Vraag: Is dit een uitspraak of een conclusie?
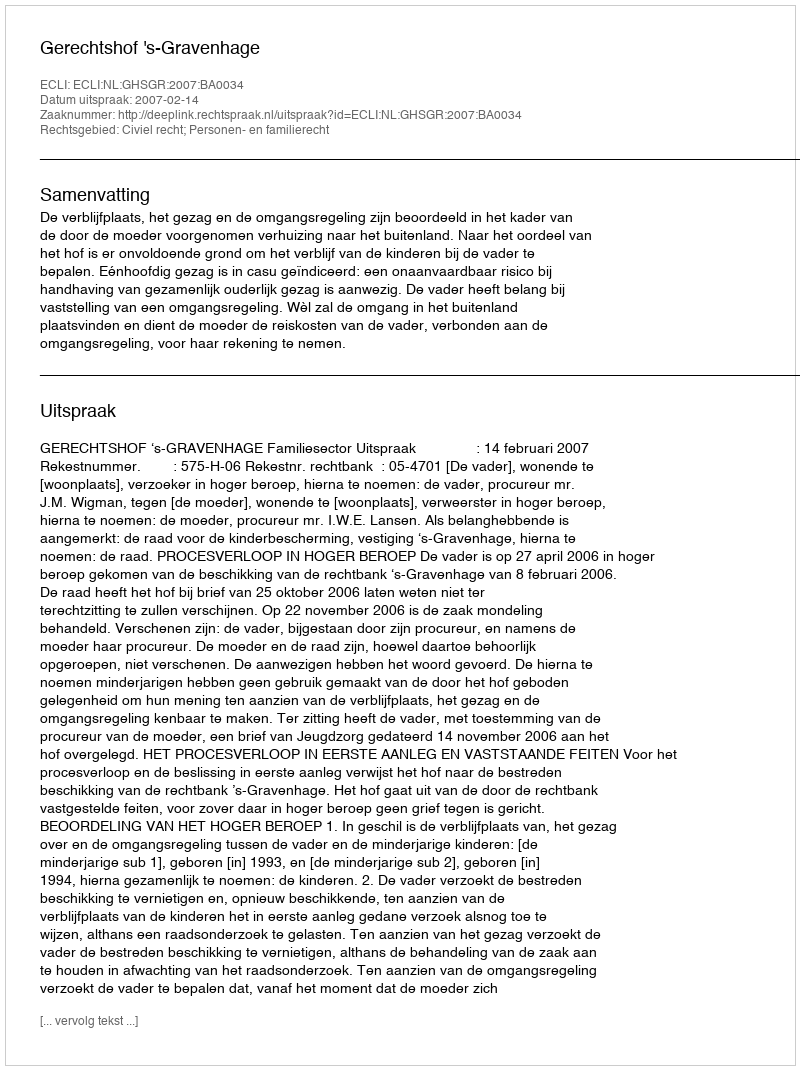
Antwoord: Uitspraak